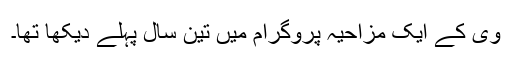
وی کے ایک مزاحیہ پروگرام میں تین سال پہلے دیکھا تھا۔